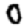
Digit: 0